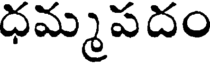
ధమ్మపదం